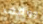
ووقف